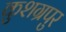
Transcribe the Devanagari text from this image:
कुशग्रपुर